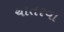
ચાતરવા